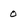
Character: 0